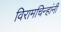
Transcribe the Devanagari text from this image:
विरामचिन्हांनी